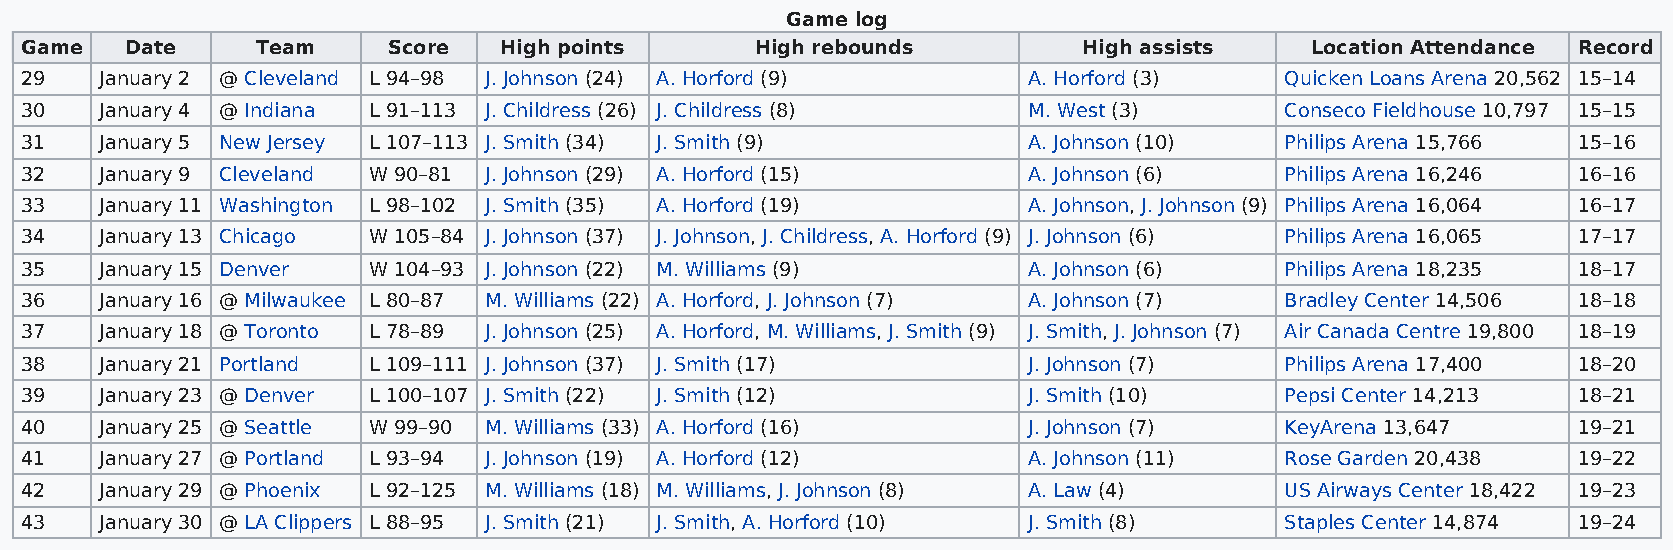
Game log
 Game   Date     Team     Score  High points      High rebounds         High assists   Location Attendance Record
 29    January 2 @ Cleveland L 94–98 J. Johnson (24) A. Horford (9) A. Horford (3)   Quicken Loans Arena 20,562 15–14
 30    January 4 @ Indiana L 91–113 J. Childress (26) J. Childress (8) M. West (3)   Conseco Fieldhouse 10,797 15–15
 31    January 5 New Jersey L 107–113 J. Smith (34) J. Smith (9)    A. Johnson (10)  Philips Arena 15,766 15–16
 32    January 9 Cleveland W 90–81 J. Johnson (29) A. Horford (15)  A. Johnson (6)   Philips Arena 16,246 16–16
 33    January 11 Washington L 98–102 J. Smith (35) A. Horford (19) A. Johnson, J. Johnson (9) Philips Arena 16,064 16–17
 34    January 13 Chicago W 105–84 J. Johnson (37) J. Johnson, J. Childress, A. Horford (9) J. Johnson (6) Philips Arena 16,065 17–17
 35    January 15 Denver W 104–93 J. Johnson (22) M. Williams (9)   A. Johnson (6)   Philips Arena 18,235 18–17
 36    January 16 @ Milwaukee L 80–87 M. Williams (22) A. Horford, J. Johnson (7) A. Johnson (7) Bradley Center 14,506 18–18
 37    January 18 @ Toronto L 78–89 J. Johnson (25) A. Horford, M. Williams, J. Smith (9) J. Smith, J. Johnson (7) Air Canada Centre 19,800 18–19
 38    January 21 Portland L 109–111 J. Johnson (37) J. Smith (17)  J. Johnson (7)   Philips Arena 17,400 18–20
 39    January 23 @ Denver L 100–107 J. Smith (22) J. Smith (12)    J. Smith (10)    Pepsi Center 14,213 18–21
 40    January 25 @ Seattle W 99–90 M. Williams (33) A. Horford (16) J. Johnson (7)  KeyArena 13,647    19–21
 41    January 27 @ Portland L 93–94 J. Johnson (19) A. Horford (12) A. Johnson (11) Rose Garden 20,438 19–22
 42    January 29 @ Phoenix L 92–125 M. Williams (18) M. Williams, J. Johnson (8) A. Law (4) US Airways Center 18,422 19–23
 43    January 30 @ LA Clippers L 88–95 J. Smith (21) J. Smith, A. Horford (10) J. Smith (8) Staples Center 14,874 19–24